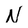
Character: N